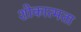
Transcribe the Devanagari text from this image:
शोकात्मता